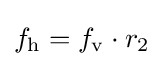
f_{\mathrm {h} }=f_{\mathrm {v} }\cdot r_{2}